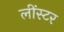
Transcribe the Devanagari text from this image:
लींस्टर